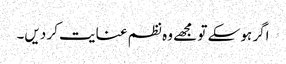
اگر ہو سکے تو مجھے وہ نظم عنایت کر دیں۔